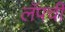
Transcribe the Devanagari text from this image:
लॅपची